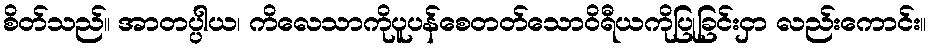
စိတ်သည်။ အာတပ္ပါယ၊ ကိလေသာကိုပူပန်စေတတ်သောဝိရီယကိုပြုခြင်းငှာ လည်းကောင်း။